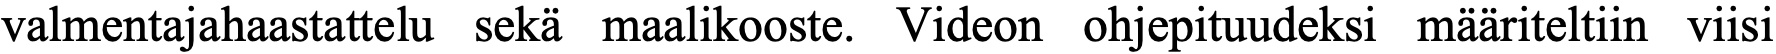
valmentajahaastattelu sekä maalikooste. Videon ohjepituudeksi määriteltiin viisi